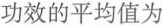
功效的平均值为